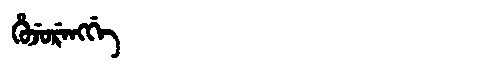
Manchu: ᡥᡠᠵᡠᡵᡝᠩᡤᡝ
Romanization: HUJURENGGE